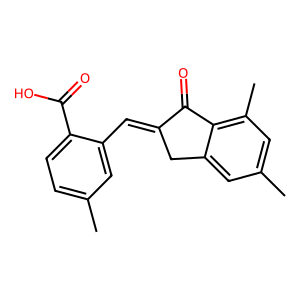
SMILES: Cc1ccc(C(=O)O)c(C=C2Cc3cc(C)cc(C)c3C2=O)c1
Inhibits HIV replication: No